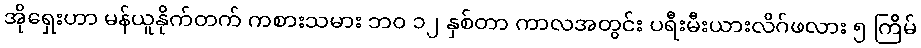
အိုရှေးဟာ မန်ယူနိုက်တက် ကစားသမား ဘ၀ ၁၂ နှစ်တာ ကာလအတွင်း ပရီးမီးယားလိဂ်ဖလား ၅ ကြိမ်